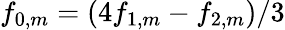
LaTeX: f_{0,m}=(4f_{1,m}-f_{2,m})/3